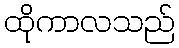
ထိုကာလသည်